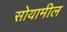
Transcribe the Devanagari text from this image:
सोयामील